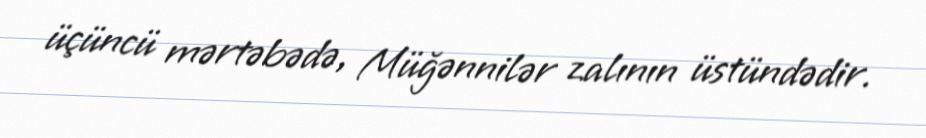
üçüncü mərtəbədə, Müğənnilər zalının üstündədir.